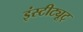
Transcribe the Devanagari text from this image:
इंस्टीट्यूट्